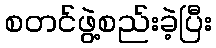
စတင်ဖွဲ့စည်းခဲ့ပြီး